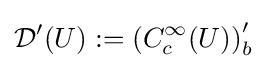
{\mathcal {D}}^{\prime }(U):=\left(C_{c}^{\infty }(U)\right)_{b}^{\prime }